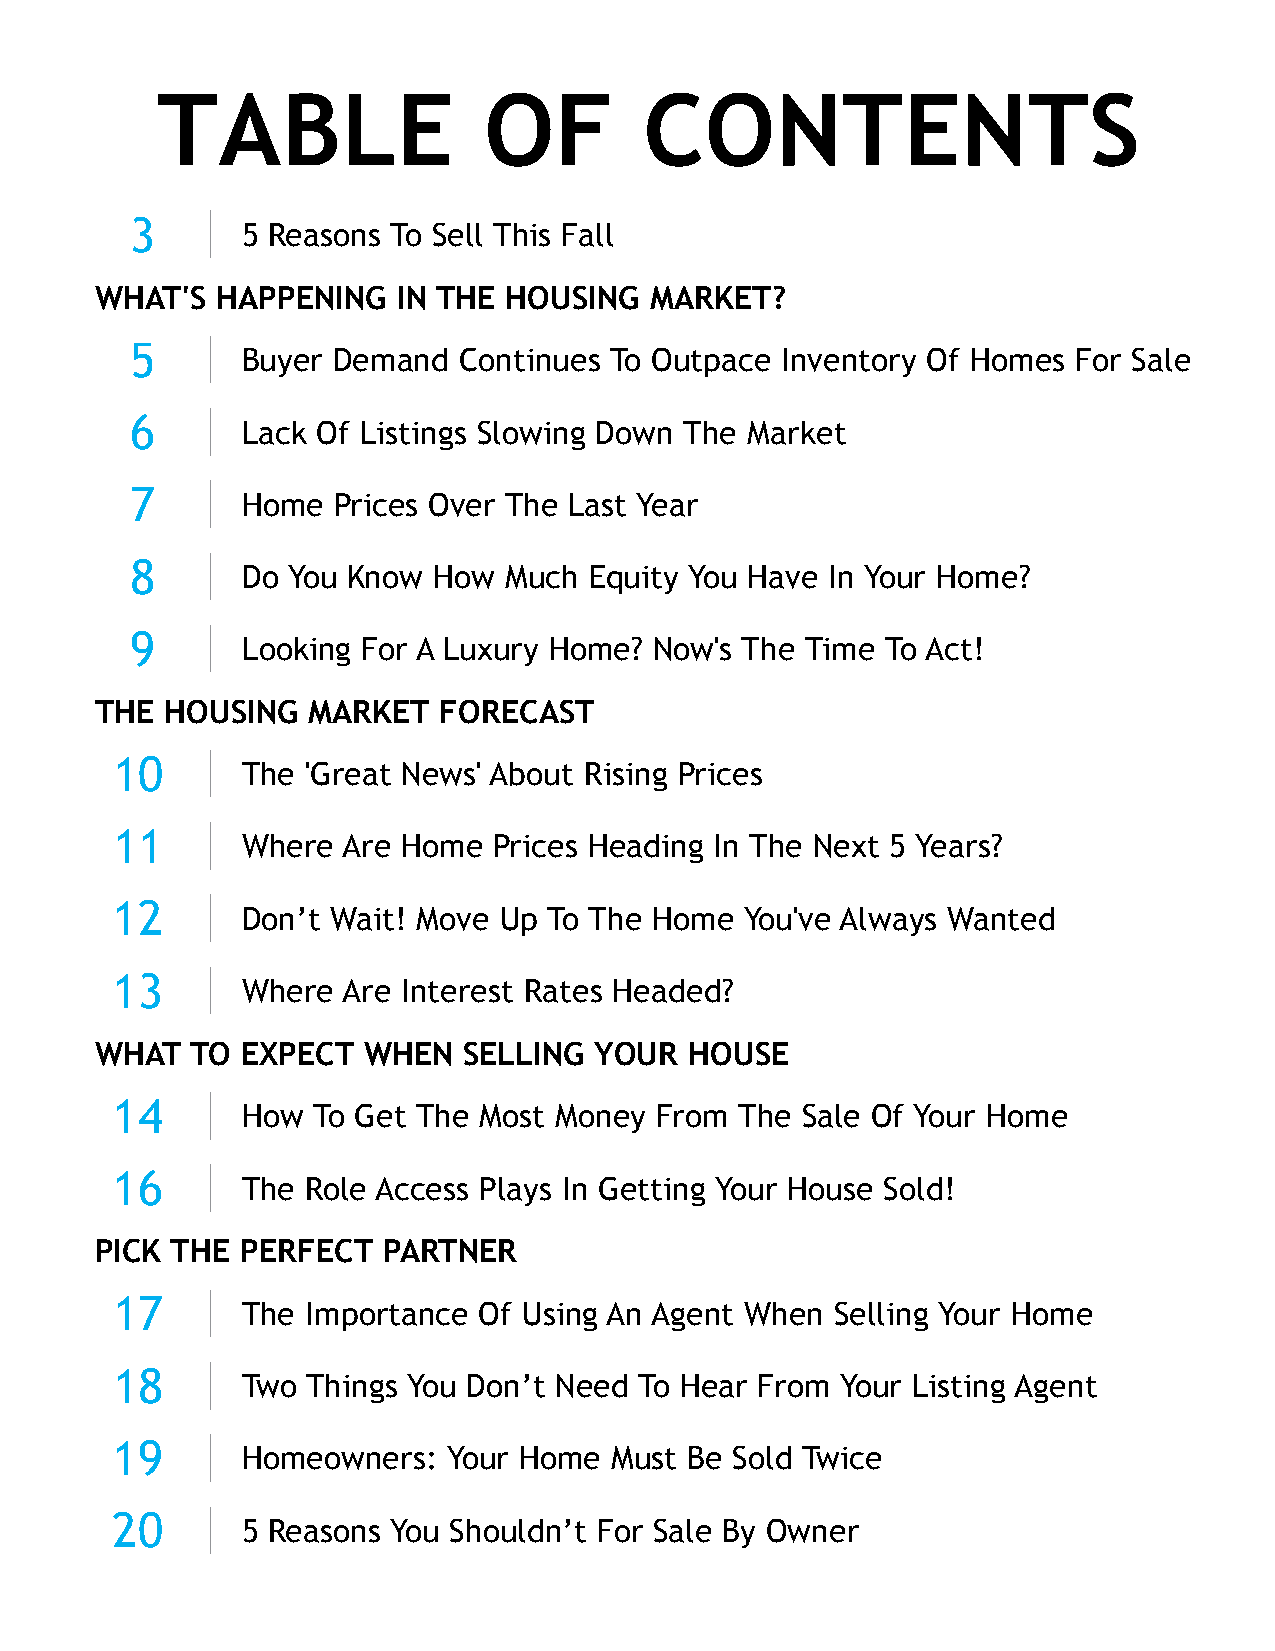
TABLE                 OF         CONTENTS
 3
 5 Reasons To Sell This Fall
 WHAT'S  HAPPENING   IN THE  HOUSING  MARKET?
 5
 Buyer Demand  Continues To Outpace  Inventory Of Homes For Sale
 6
 Lack Of Listings Slowing Down The Market
 7
 Home  Prices Over The Last Year
 8
 Do You Know  How Much  Equity You Have In Your Home?
 9
 Looking For A Luxury Home? Now's The Time  To Act!
 THE  HOUSING  MARKET   FORECAST
 10
 The 'Great News' About Rising Prices
 11
 Where  Are Home  Prices Heading In The Next 5 Years?
 12
 Don’t Wait! Move Up To The Home  You've Always Wanted
 13
 Where  Are Interest Rates Headed?
 WHAT   TO EXPECT  WHEN   SELLING YOUR   HOUSE
 14
 How  To Get The Most Money From  The Sale Of Your Home
 16
 The Role Access Plays In Getting Your House Sold!
 PICK THE  PERFECT  PARTNER
 17
 The Importance  Of Using An Agent When Selling Your Home
 18
 Two Things You Don’t Need To Hear From  Your Listing Agent
 19
 Homeowners:   Your Home Must  Be Sold Twice
 20
 5 Reasons You Shouldn’t For Sale By Owner